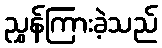
ညွှန်ကြားခဲ့သည်